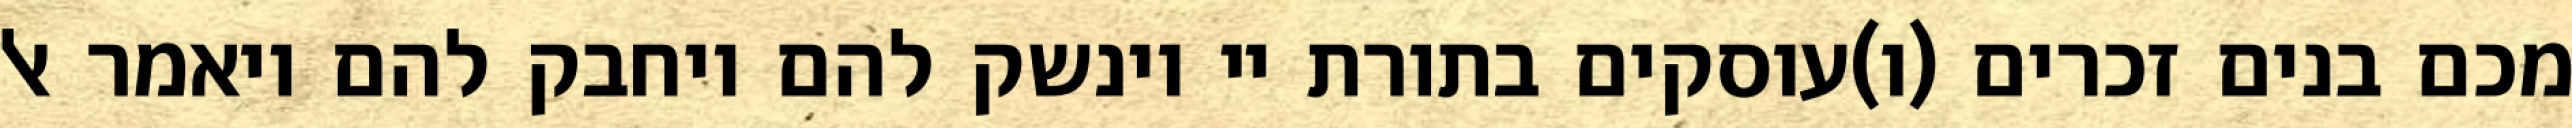
מכם בנים זכרים (ו)עוסקים בתורת יי וינשק להם ויחבק להם ויאמר אל